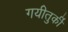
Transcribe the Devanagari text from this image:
गयीतुर्की